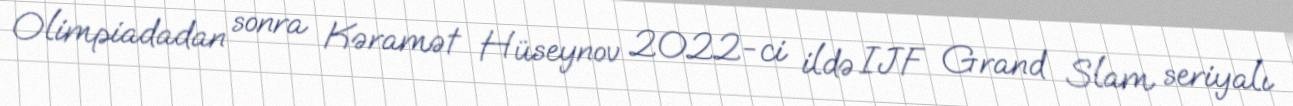
Olimpiadadan sonra Kəramət Hüseynov 2022-ci ildə IJF Grand Slam seriyalı